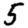
Digit: 5